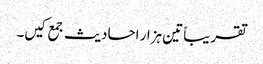
تقریباً تین ہزار احادیث جمع کیں۔